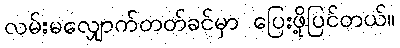
လမ်းမလျှောက်တတ်ခင်မှာ ပြေးဖို့ပြင်တယ်။